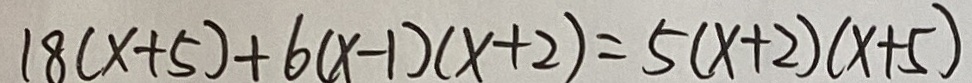
1 8 ( x + 5 ) + 6 ( x - 1 ) ( x + 2 ) = 5 ( x + 2 ) ( x + 5 )